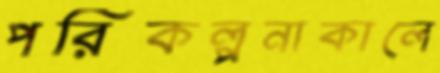
পরিকল্পনাকালে